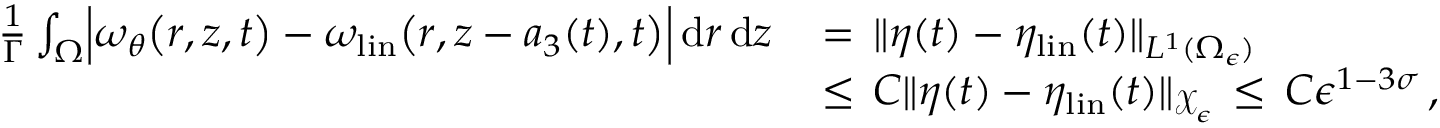
\begin{array} { r l } { \frac { 1 } { \Gamma } \int _ { \Omega } \Bigl | \omega _ { \theta } \bigl ( r , z , t \bigr ) - \omega _ { \mathrm { l i n } } \bigl ( r , z - a _ { 3 } ( t ) , t \bigr ) \Bigr | \, \mathrm { d } r \, \mathrm { d } z \, } & { = \, \| \eta ( t ) - \eta _ { \mathrm { l i n } } ( t ) \| _ { L ^ { 1 } ( \Omega _ { \epsilon } ) } } \\ { \, } & { \le \, C \| \eta ( t ) - \eta _ { \mathrm { l i n } } ( t ) \| _ { \mathcal { X } _ { \epsilon } } \, \le \, C \epsilon ^ { 1 - 3 \sigma } \, , } \end{array}